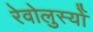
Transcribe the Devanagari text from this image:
रेवोलुस्योँ